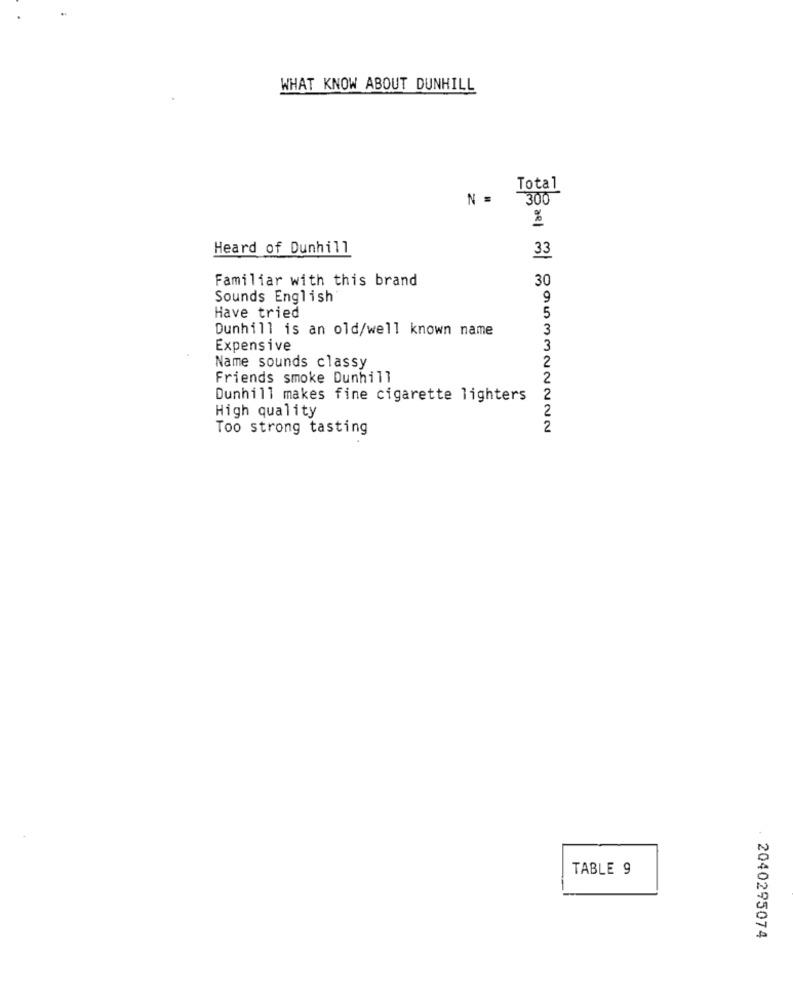
WHAT KNOW ABOUT DUNHILL
Total
N =
300
%
Heard of Dunhill
33
Familiar with this brand
30
Sounds English
9
5
Have tried
Dunhill is an old/well known name
3
Expensive
3
Name sounds classy
Friends smoke Dunhill
Dunhill makes fine cigarette lighters
High quality
Too strong tasting
TABLE 9
2040295074